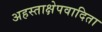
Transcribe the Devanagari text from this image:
अहस्ताक्षेपवादिता